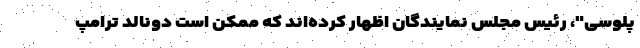
پلوسی"، رئیس مجلس نمایندگان اظهار کرده‌اند که ممکن است دونالد ترامپ